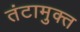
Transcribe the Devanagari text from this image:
तंटामुक्‍त